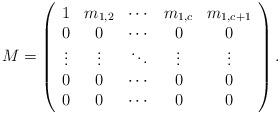
LaTeX: \begin{align*}M&=\left(\begin{array}{ccccc}1 & m_{1,2}& \cdots&m_{1,c}&m_{1,c+1} \\0 & 0 &\cdots&0&0 \\\vdots & \vdots & \ddots &\vdots&\vdots\\0&0&\cdots&0&0\\0&0&\cdots&0&0\end{array}\right).\end{align*}